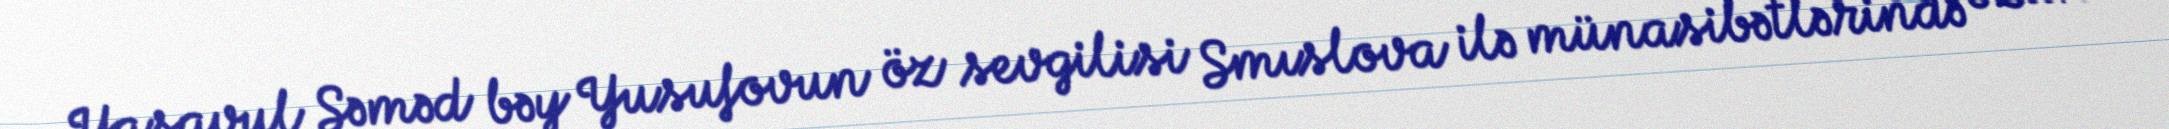
Yasavul Səməd bəy Yusufovun öz sevgilisi Smıslova ilə münasibətlərində özünü